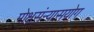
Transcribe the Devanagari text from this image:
मोक्षसंन्यासयोग